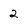
Character: 2